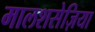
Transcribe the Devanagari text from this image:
मालशसेज़िया